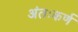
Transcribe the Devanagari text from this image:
अंतःकर्ण